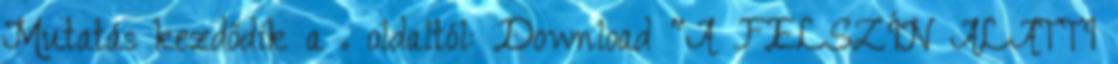
Mutatás kezdődik a . oldaltól: Download "A FELSZÍN ALATTI